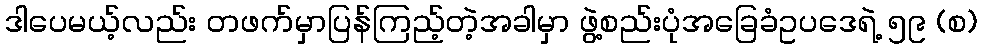
ဒါပေမယ့်လည်း တဖက်မှာပြန်ကြည့်တဲ့အခါမှာ ဖွဲ့စည်းပုံအခြေခံဥပဒေရဲ့ ၅၉ (စ)